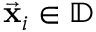
\vec { \bf x } _ { i } \in \mathbb { D }